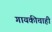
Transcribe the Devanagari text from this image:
गायकीचाही